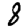
Digit: 8